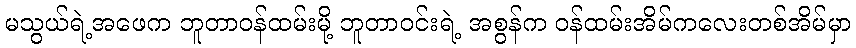
မသွယ်ရဲ့အဖေက ဘူတာဝန်ထမ်းမို့ ဘူတာဝင်းရဲ့ အစွန်က ဝန်ထမ်းအိမ်ကလေးတစ်အိမ်မှာ